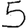
Digit: 5